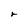
Character: r